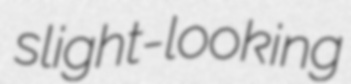
slight-looking